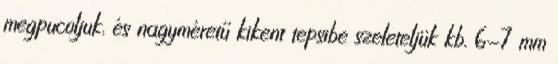
megpucoljuk, és nagyméretű kikent tepsibe szeleteljük kb. 6-7 mm